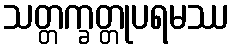
သတ္တက္ခတ္တုပရမဿ